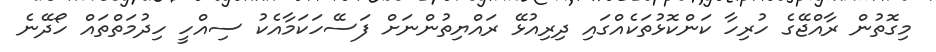
މިގޮތުން ރާއްޖޭގެ ހުރިހާ ކަންކޮޅުތަކެއްގައި ދިރިއުޅޭ ރައްޔިތުންނަށް ފަސޭހަކަމާއެކު ސިއްހީ ހިދުމަތްތައް ހޯދޭނެ